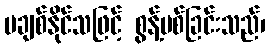
မချစ်နိုင်သဖြင့် စွန့်ပစ်ခြင်းသည်၊